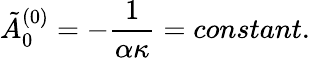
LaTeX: \tilde{A}_{0}^{(0)}=-\frac{1}{\alpha\kappa}=constant.